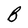
Character: B